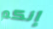
إنكم